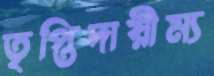
তৃপ্তিদায়ীম্য